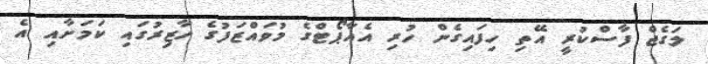
ލަގެޖް ފާސްކުރީ އޭތި ހިފައިގެން ހުރި އެއާޕޯޓްގެ މުވައްޒަފުގެ ހާޒިރުގައި ކަމަށާއި އެ